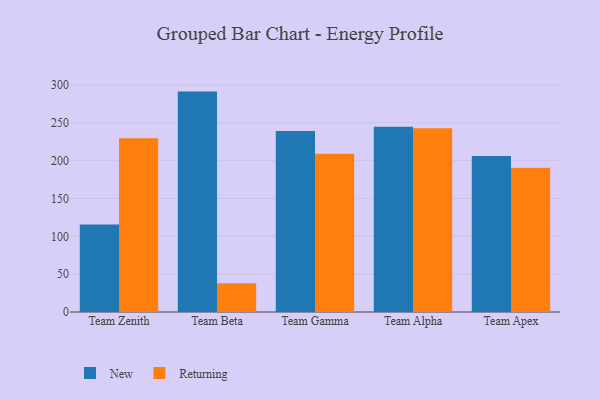
{"axis": {"x": "Team", "y": "Customer Acquisition Cost (USD)"}, "legend": ["New", "Returning"], "data": [{"x": "Team Zenith", "y": 115.6, "type": "New"}, {"x": "Team Zenith", "y": 229.7, "type": "Returning"}, {"x": "Team Beta", "y": 291.2, "type": "New"}, {"x": "Team Beta", "y": 37.9, "type": "Returning"}, {"x": "Team Gamma", "y": 239.3, "type": "New"}, {"x": "Team Gamma", "y": 209.0, "type": "Returning"}, {"x": "Team Alpha", "y": 244.9, "type": "New"}, {"x": "Team Alpha", "y": 242.9, "type": "Returning"}, {"x": "Team Apex", "y": 206.2, "type": "New"}, {"x": "Team Apex", "y": 190.5, "type": "Returning"}]}